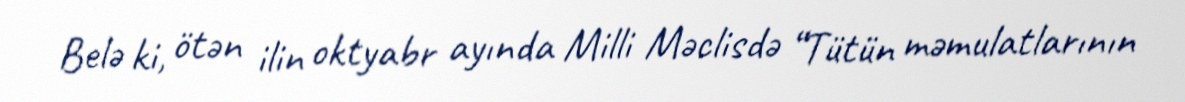
Belə ki, ötən ilin oktyabr ayında Milli Məclisdə “Tütün məmulatlarının